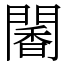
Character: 䦭